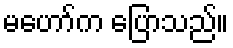
မဟော်က ပြောသည်။